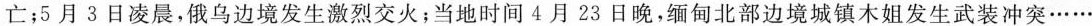
亡；5月3日凌晨，俄乌边境发生激烈交火；当地时间4月23日晚，缅甸北部边境城镇木姐发生武装冲突……